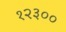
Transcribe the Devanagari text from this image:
१२३००